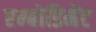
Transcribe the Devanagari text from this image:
एम्बोडिमेंट